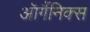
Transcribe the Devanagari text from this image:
ऑर्गैनिक्स